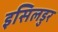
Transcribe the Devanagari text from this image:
इसिलडुर